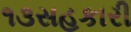
૧૩સહકારી